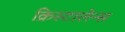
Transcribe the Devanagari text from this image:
क्रिस्टालेन्स